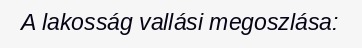
A lakosság vallási megoszlása: